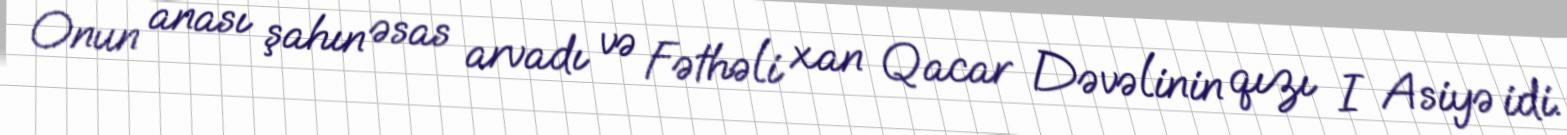
Onun anası şahın əsas arvadı və Fəthəli xan Qacar Dəvəlinin qızı I Asiyə idi.